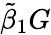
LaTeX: \tilde{\beta}_{1}G